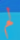
لم